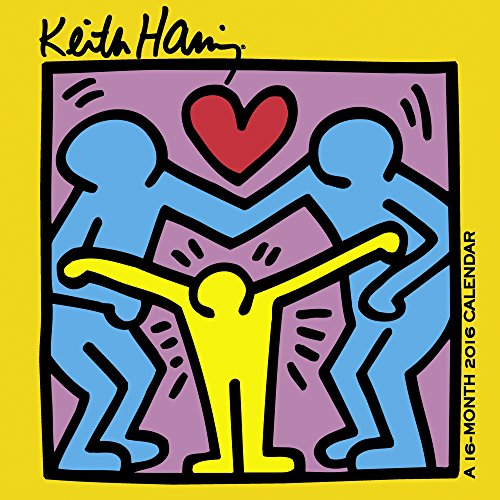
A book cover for Keith Haring Wall Calendar (2016); Day Dream; Calendars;